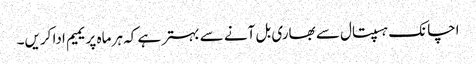
اچانک ہسپتال سے بھاری بل آنے سے بہتر ہے کہ ہر ماہ پریمیم ادا کریں۔